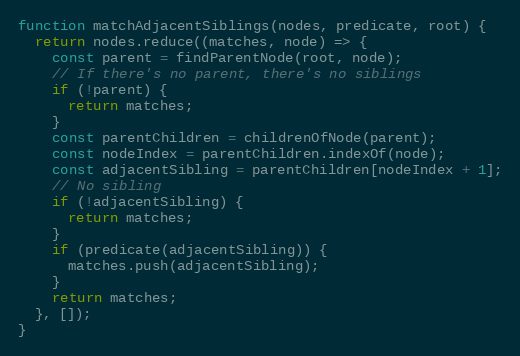
Language: JavaScript
function matchAdjacentSiblings(nodes, predicate, root) {
  return nodes.reduce((matches, node) => {
    const parent = findParentNode(root, node);
    // If there's no parent, there's no siblings
    if (!parent) {
      return matches;
    }
    const parentChildren = childrenOfNode(parent);
    const nodeIndex = parentChildren.indexOf(node);
    const adjacentSibling = parentChildren[nodeIndex + 1];
    // No sibling
    if (!adjacentSibling) {
      return matches;
    }
    if (predicate(adjacentSibling)) {
      matches.push(adjacentSibling);
    }
    return matches;
  }, []);
}